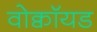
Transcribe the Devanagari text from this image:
वोक्वॉयड